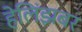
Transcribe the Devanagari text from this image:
हेलिंझबर